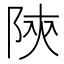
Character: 陝